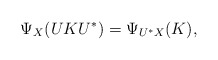
\begin{align*} \Psi_X(U K U^*) = \Psi_{U^*X}(K), \end{align*}